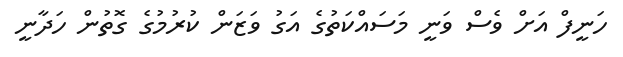
ހަނީފް އަށް ވެސް ވަނީ މަސައްކަތުގެ އަގު ވަޒަން ކުރުމުގެ ގޮތުން ހަދާނީ